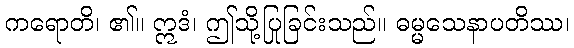
ကရောတိ၊ ၏။ ဣဒံ၊ ဤသို့ပြုခြင်းသည်။ ဓမ္မသေနာပတိဿ၊